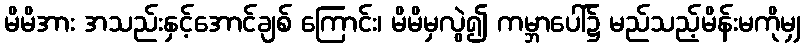
မိမိအား အသည်းနှင့်အောင်ချစ် ကြောင်း၊ မိမိမှလွဲ၍ ကမ္ဘာပေါ်၌ မည်သည့်မိန်းမကိုမျှ